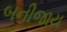
બનીજાય